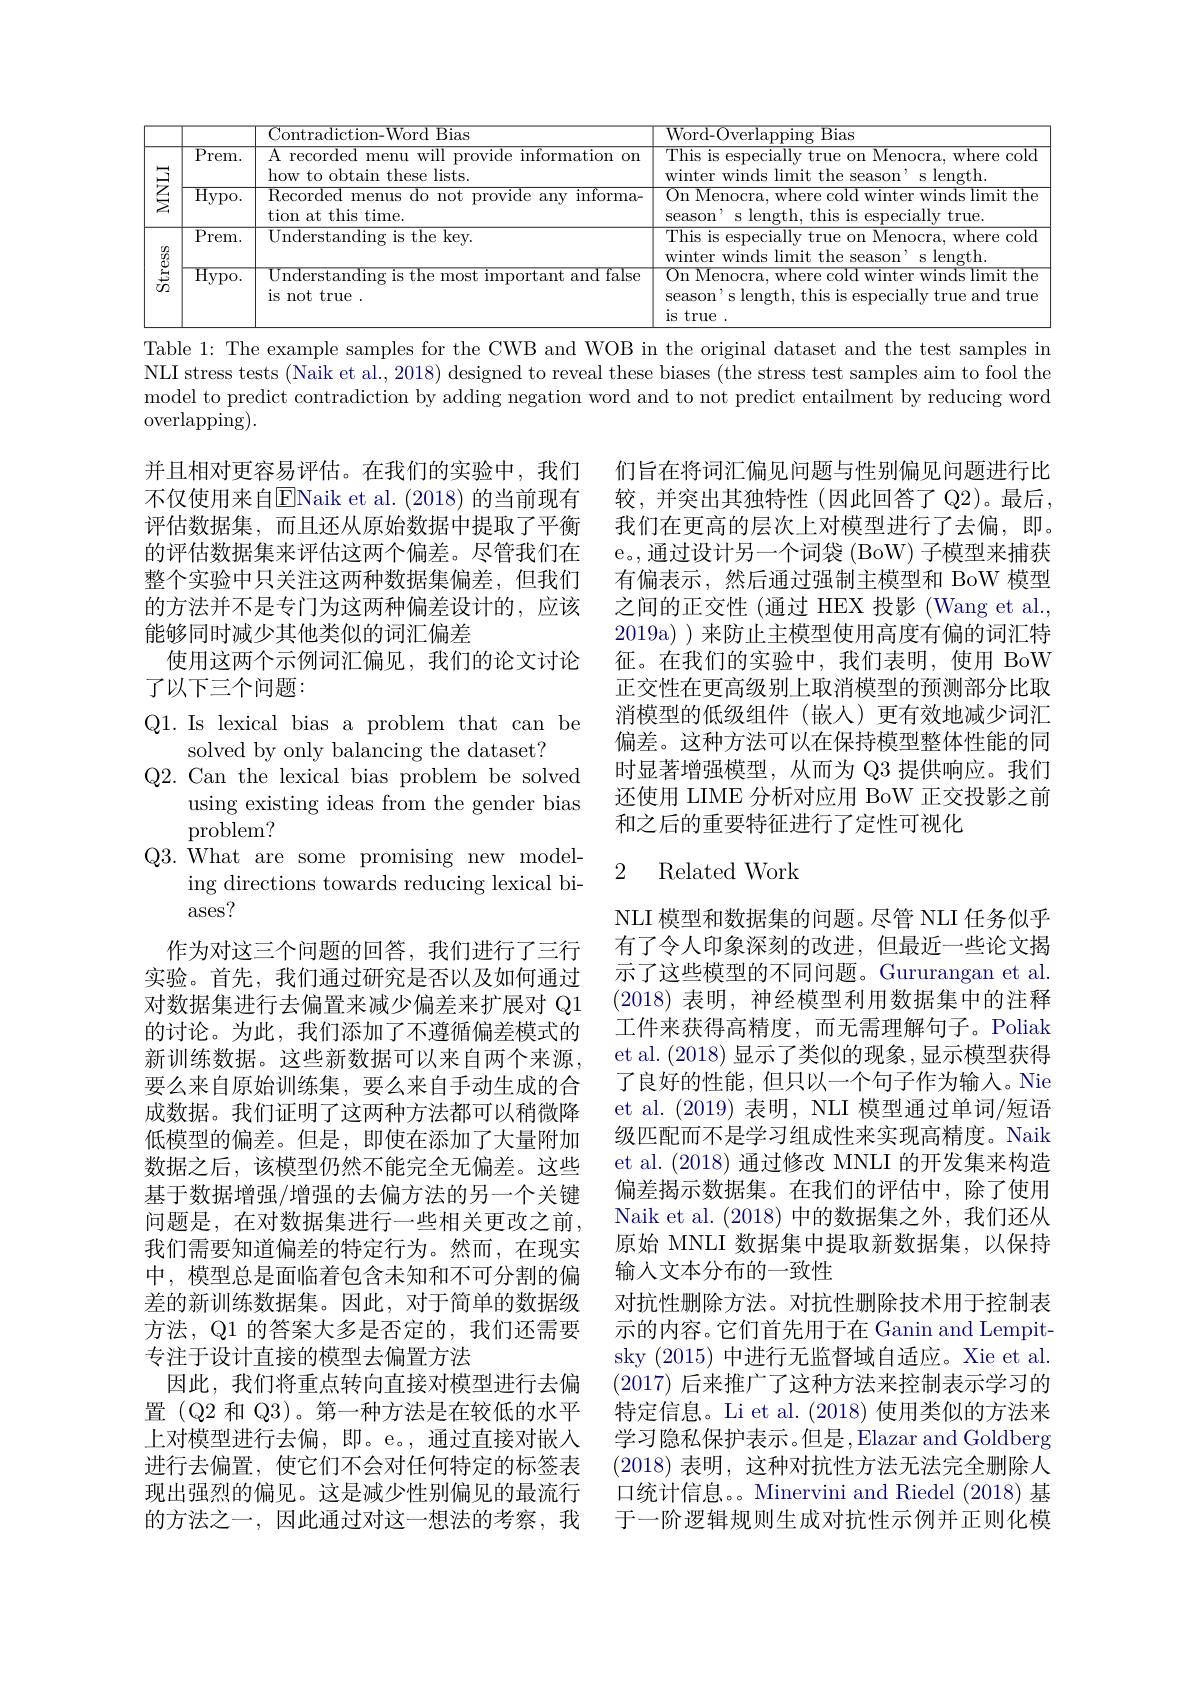
<table>
	<tbody>
		<tr>
			<th> </th>
			<th> </th>
			<th>Contradic Ward $\boxed{\text{Bias}}$</th>
			<th>Word- Over $\overline{\text{Bias}}$ lannıno</th>
		</tr>
		<tr>
			<td rowspan="2">享</td>
			<td>$\overline{\mathrm{Prem.}}$</td>
			<td>A recorded menu will provide information on how to obtain these lists.</td>
			<td>This is especially true on Menocra, where cold winter winds limit the season' s length</td>
		</tr>
		<tr>
			<td>$\overline{\mathrm{Hypo.}}$</td>
			<td>${\mathrm{Recorded~menus~do~not~provide~any~informa-}}$ tion at this time.</td>
			<td>On Menocra, where cold winter winds limit the season' s length, this is especially true.</td>
		</tr>
		<tr>
			<td rowspan="2">Stress</td>
			<td>$\overline{\mathrm{Prem.}}$</td>
			<td>$\overline{\mathrm{Understanding~is~the~key.}}$</td>
			<td>This is especially true on Menocra, where cold mnd imit aason length</td>
		</tr>
		<tr>
			<td>$\overline{\mathrm{Hypo.}}$</td>
			<td>$\overline{\text{Understanding is the most important and false}}$ is not true .</td>
			<td>On Menocra, where cold winter winds limit the season' s length, this is especially true and true is true .</td>
		</tr>
	</tbody>
</table>

Table 1: The example samples for the CWB and WOB in the original dataset and the test samples in NLI stress tests (Naik et al., 2018) designed to reveal these biases (the stress test samples aim to fool the model to predict contradiction by adding negation word and to not predict entailment by reducing word overlapping).

并且相对更容易评估。在我们的实验中，我们不仅使用来自$\boxed{\mathrm{E}}$Naik et al. (2018) 的当前现有评估数据集，而且还从原始数据中提取了平衡的评估数据集来评估这两个偏差。尽管我们在整个实验中只关注这两种数据集偏差，但我们的方法并不是专门为这两种偏差设计的，应该能够同时减少其他类似的词汇偏差
使用这两个示例词汇偏见，我们的论文讨论
了以下三个问题：

Q1. Is lexical bias a problem that can be

solved by only balancing the dataset?

Q2. Can the lexical bias problem be solved

using existing ideas from the gender bias

problem?

Q3.What are some promising new model-

ing directions towards reducing lexical bi-

ases?
作为对这三个问题的回答，我们进行了三行实验。首先，我们通过研究是否以及如何通过对数据集进行去偏置来减少偏差来扩展对 Q1的讨论。为此，我们添加了不遵循偏差模式的新训练数据。这些新数据可以来自两个来源， 要么来自原始训练集，要么来自手动生成的合成数据。我们证明了这两种方法都可以稍微降低模型的偏差。但是，即使在添加了大量附加数据之后，该模型仍然不能完全无偏差。这些基于数据增强/增强的去偏方法的另一个关键问题是，在对数据集进行一些相关更改之前， 我们需要知道偏差的特定行为。然而，在现实中，模型总是面临着包含未知和不可分割的偏差的新训练数据集。因此，对于简单的数据级方法，Q1 的答案大多是否定的，我们还需要专注于设计直接的模型去偏置方法
因此，我们将重点转向直接对模型进行去偏置 (Q2 和 Q3)。第一种方法是在较低的水平上对模型进行去偏，即。e。,通过直接对嵌入进行去偏置，使它们不会对任何特定的标签表现出强烈的偏见。这是减少性别偏见的最流行的方法之一，因此通过对这一想法的考察，我

们旨在将词汇偏见问题与性别偏见问题进行比较，并突出其独特性(因此回答了 Q2)。最后， 我们在更高的层次上对模型进行了去偏，即。e。,通过设计另一个词袋 (BoW) 子模型来捕获有偏表示，然后通过强制主模型和 BoW 模型之间的正交性 (通过 HEX 投影 (Wang et al., 2019a) ) 来防止主模型使用高度有偏的词汇特征。在我们的实验中，我们表明，使用 BoW 正交性在更高级别上取消模型的预测部分比取消模型的低级组件(嵌入)更有效地减少词汇偏差。这种方法可以在保持模型整体性能的同时显著增强模型，从而为 Q3 提供响应。我们还使用 LIME 分析对应用 BoW 正交投影之前和之后的重要特征进行了定性可视化

## 2 Related Work

NLI 模型和数据集的问题。尽管 NLI 任务似乎有了令人印象深刻的改进，但最近一些论文揭示了这些模型的不同问题。Gururangan et al. (2018)表明，神经模型利用数据集中的注释工件来获得高精度，而无需理解句子。Poliak et al. (2018)显示了类似的现象，显示模型获得了良好的性能，但只以一个句子作为输入。Nie et al. (2019)表明，NLI 模型通过单词/短语级匹配而不是学习组成性来实现高精度。Naik et al. (2018)通过修改 MNLI 的开发集来构造偏差揭示数据集。在我们的评估中，除了使用Naik et al. (2018) 中的数据集之外，我们还从原始 MNLI 数据集中提取新数据集，以保持输入文本分布的一致性
对抗性删除方法。对抗性删除技术用于控制表示的内容。它们首先用于在 Ganin and Lempitsky (2015)中进行无监督域自适应。Xie et al. (2017)后来推广了这种方法来控制表示学习的特定信息。Li et al. (2018)使用类似的方法来学习隐私保护表示。但是，Elazar and Goldberg (2018)表明，这种对抗性方法无法完全删除人口统计信息。。Minervini and Riedel (2018) 基于一阶逻辑规则生成对抗性示例并正则化模